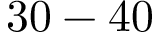
3 0 - 4 0